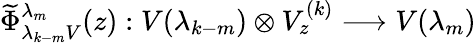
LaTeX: \widetilde\Phi_{\lambda_{k-m}V}^{\lambda_{m}}(z):V(\lambda_{k-m})\otimes V_{z}^{(k)}\longrightarrow V(\lambda_{m})